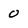
Character: 0